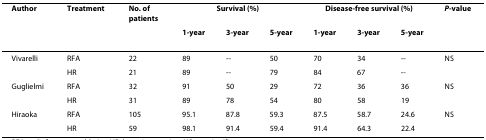
<table><thead><tr><td><b>Author</b></td><td><b>Treatment</b></td><td><b>No. of patients</b></td><td colspan="3"><b>Survival (%)</b></td><td colspan="3"><b>Disease-free survival (%)</b></td><td><b><i>P</i>-value</b></td></tr><tr><td></td><td></td><td></td><td><b>1-year</b></td><td><b>3-year</b></td><td><b>5-year</b></td><td><b>1-year</b></td><td><b>3-year</b></td><td><b>5-year</b></td><td></td></tr></thead><tbody><tr><td>Vivarelli</td><td>RFA</td><td>22</td><td>89</td><td>--</td><td>50</td><td>70</td><td>34</td><td>--</td><td>NS</td></tr><tr><td></td><td>HR</td><td>21</td><td>89</td><td>--</td><td>79</td><td>84</td><td>67</td><td>--</td><td></td></tr><tr><td>Guglielmi</td><td>RFA</td><td>32</td><td>91</td><td>50</td><td>29</td><td>72</td><td>36</td><td>36</td><td>NS</td></tr><tr><td></td><td>HR</td><td>31</td><td>89</td><td>78</td><td>54</td><td>80</td><td>58</td><td>19</td><td></td></tr><tr><td>Hiraoka</td><td>RFA</td><td>105</td><td>95.1</td><td>87.8</td><td>59.3</td><td>87.5</td><td>58.7</td><td>24.6</td><td>NS</td></tr><tr><td></td><td>HR</td><td>59</td><td>98.1</td><td>91.4</td><td>59.4</td><td>91.4</td><td>64.3</td><td>22.4</td><td></td></tr></tbody></table>